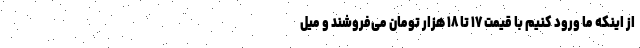
از اینکه ما ورود کنیم با قیمت ۱۷ تا ۱۸ هزار تومان می‌فروشند و میل